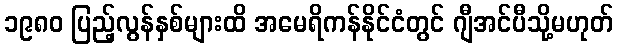
၁၉၈၀ ပြည့်လွန်နှစ်များထိ အမေရိကန်နိုင်ငံတွင် ဂျီအင်ပီသို့မဟုတ်